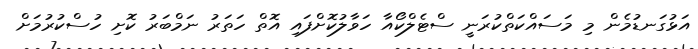
އަޅުގަނޑުމެން މި މަސައްކަތްކުރަނީ ސްޓެލްކޯއާ ހަވާލުކޮށްފައި އޮތް ހަތަރު ނަމްބަރު ކޮށި ހުސްކުރުމަށް